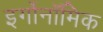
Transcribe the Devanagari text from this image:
इर्गोनॉमिक